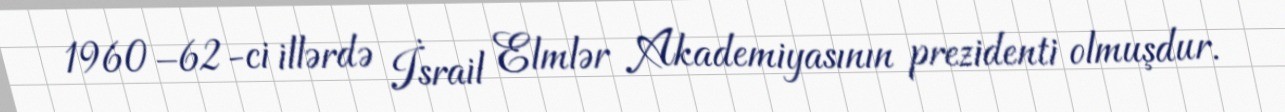
1960–62-ci illərdə İsrail Elmlər Akademiyasının prezidenti olmuşdur.